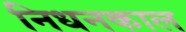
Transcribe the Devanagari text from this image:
निधनकाल